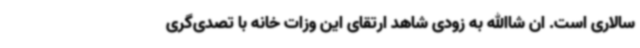
سالاری است. ان شاالله به زودی شاهد ارتقای این وزات خانه با تصدی‌گری